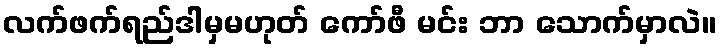
လက်ဖက်ရည်ဒါမှမဟုတ် ကော်ဖီ မင်း ဘာ သောက်မှာလဲ။